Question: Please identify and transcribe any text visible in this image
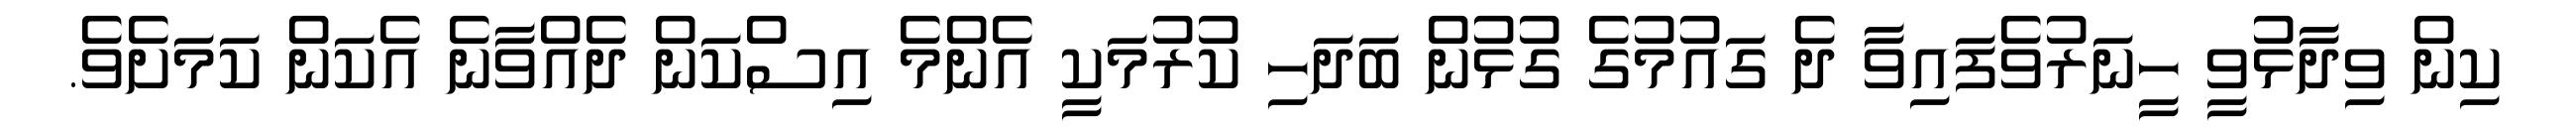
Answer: ކިން ވިދާޅުވީ ހީނަރުވެފައިވާ ދެ ގައުމުގެ ގުޅުން ބަދަހި ކުރުމަކީ އެންމެ އިސްކަން ދެއްވާނެ އެކަން ކަމަށެވެ.